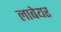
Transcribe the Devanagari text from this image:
लाबेयर